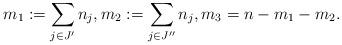
LaTeX: \begin{align*}m_1 := \sum_{j \in J'} n_j, m_2 := \sum_{j \in J''} n_j, m_3 = n - m_1 - m_2.\end{align*}